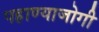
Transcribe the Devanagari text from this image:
पहाण्याजोगी